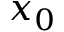
x _ { 0 }